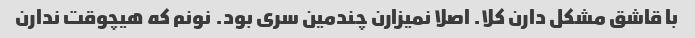
با قاشق مشکل دارن کلا. اصلا نمیزارن چندمین سری بود. نونم که هیچوقت ندارن